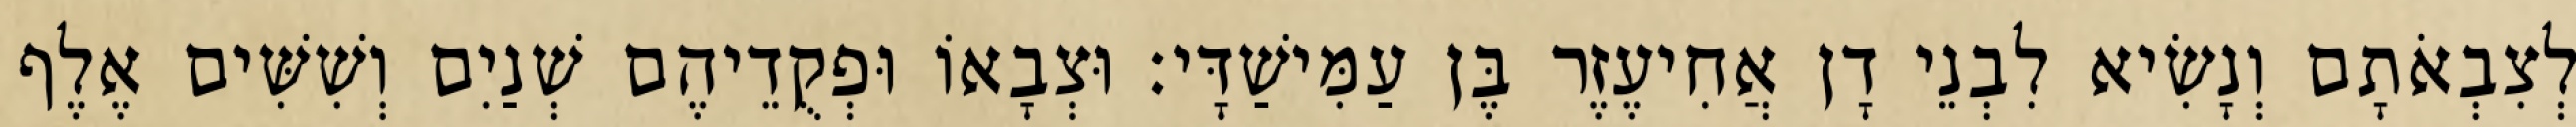
לְצִבְאֹתָם וְנָשִׂיא לִבְנֵי דָן אֲחִיעֶזֶר בֶּן עַמִּישַׁדָּי׃ וּצְבָאוֹ וּפְקֻדֵיהֶם שְׁנַיִם וְשִׁשִּׁים אֶלֶף